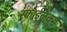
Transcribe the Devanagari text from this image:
स्काईलक्स